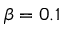
\beta = 0 . 1